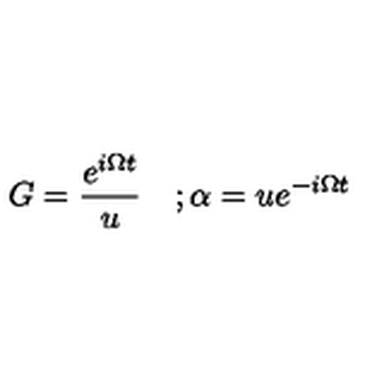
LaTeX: G = \frac { e ^ { i \Omega t } } u \quad ; \alpha = u e ^ { - i \Omega t }